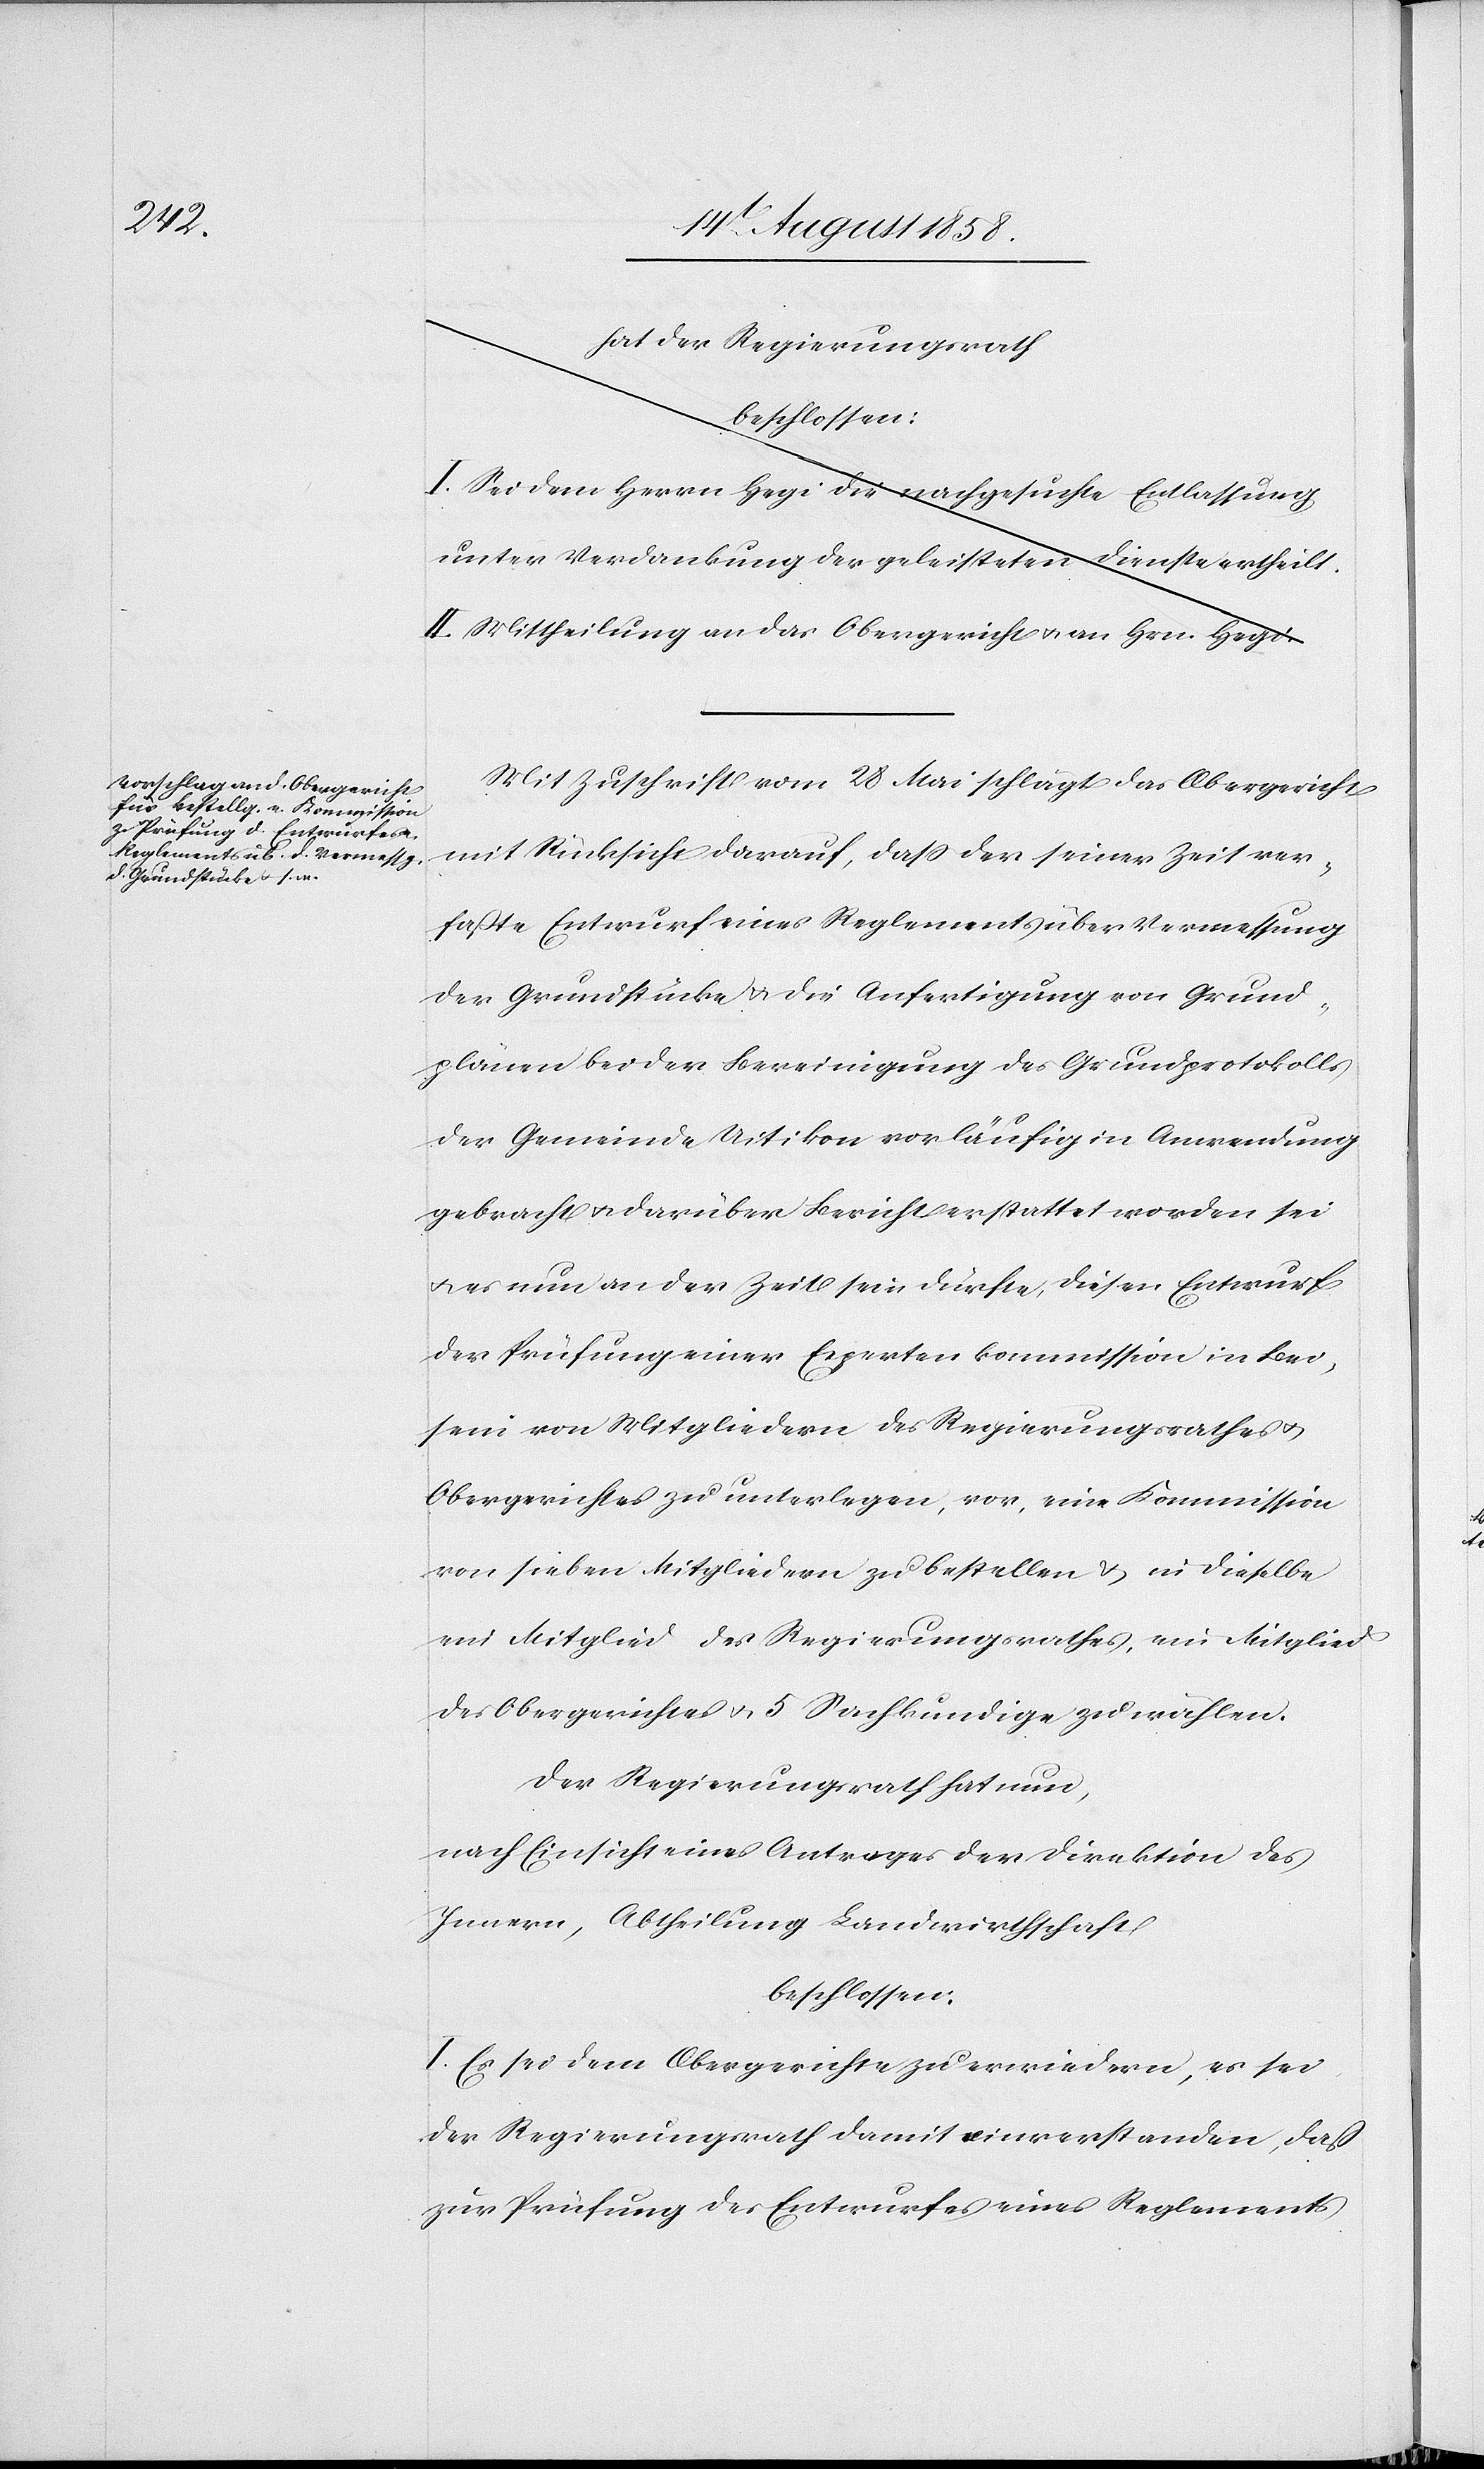
hat der Regierungsrath
beschlossen:
I. Sei dem Herrn Hegi die nachgesuchte Entlassung
unter Verdankung der geleisteten Dienste ertheilt.
II. Mittheilung an das Obergericht & an Hrn. Hegi.*
Mit Zuschrift vom 28 Mai schlägt das Obergericht
mit Rücksicht darauf, dass der seiner Zeit ver¬
faßte Entwurf eines Reglements über Vermessung
der Grundstücke & die Anfertigung von Grund¬
plänen bei der Bereinigung des Grundprotokolls
der Gemeinde Uitikon vorläufig in Anwendung
gebracht & darüber Bericht erstattet worden sei
& es nun an der Zeit sein dürfte, diesen Entwurf
der Prüfung einer Expertenkommission in Bei¬
sein von Mitgliedern des Regierungsrathes &
Obergerichtes zu unterlegen, vor, eine Kommission
von sieben Mitgliedern zu bestellen & in dieselbe
ein Mitglied des Regierungsrathes, ein Mitglied
des Obergerichtes & 5 Sachkundige zu wählen.
Der Regierungsrath hat nun,
nach Einsicht eines Antrages der Direktion des
Innern, Abtheilung Landwirthschaft
beschlossen:
I. Es sei dem Obergerichte zu erwiedern, es sei
der Regierungsrath damit einverstanden, daß
zur Prüfung des Entwurfes eines Reglements